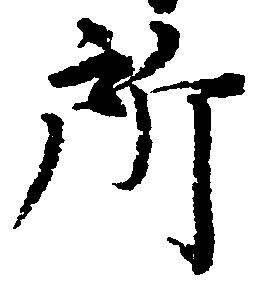
所